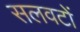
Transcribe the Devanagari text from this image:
सलवटों